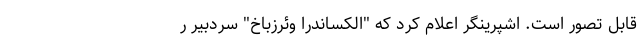
قابل تصور است. اشپرینگر اعلام کرد که "الکساندرا وئرزباخ" سردبیر ر